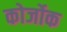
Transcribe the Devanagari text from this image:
कोर्जोक